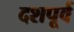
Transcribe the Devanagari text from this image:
दशपूर्व